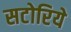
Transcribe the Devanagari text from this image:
सटोरिये